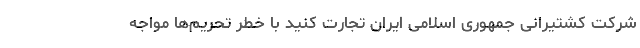
شرکت کشتیرانی جمهوری اسلامی ایران تجارت کنید با خطر تحریم‌ها مواجه